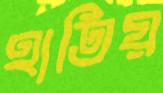
হাতিয়